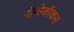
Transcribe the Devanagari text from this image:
गॉनोकॉकस